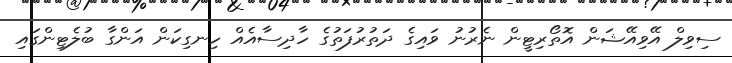
ސިވިލް އޭވިއޭޝަން އޮތޯރިޓީން ނެރުނު ވައިގެ ދަތުރުފަތުގެ ހާދިސާއެއް ހިނގިކަން އަންގާ ބުލެޓިންގައި